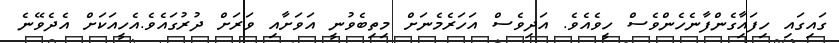
ގައިގައި ހިފައާިގެންފާނެހެންވެސް ހީވެއެވެ. އަދިވެސް އަހަރެމެނަށް މިތިބެވުނީ އަވަށާއި ވަރަށް ދުރުގައެވެ.އެހީއަކަށް އެދެވޭނެ